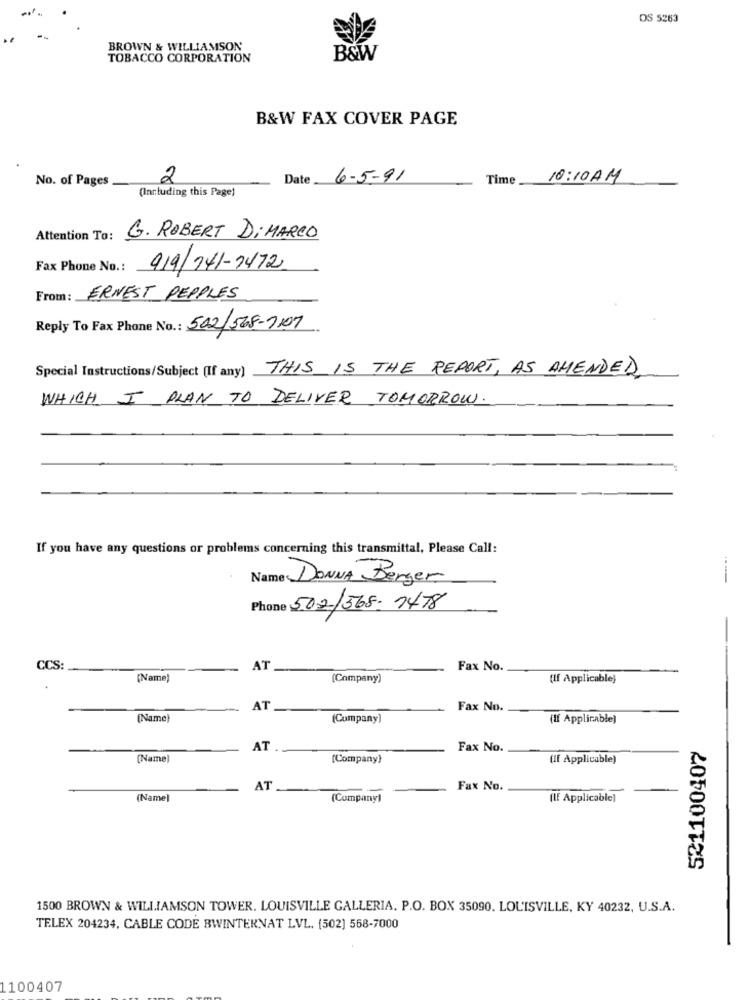
DOS 5263
BROWN & WILLIAMSON
TOBACCO CORPORATION
B&W
B&W FAX COVER PAGE
No. of Pages
2
Date
6-5-91
Time
10:10 AM
(Including this Page)
Attention To:
G. ROBERT DiMARCO
Fax Phone No .:
919/ 741-7472
From : ERNEST PEPPLES
Reply To Fax Phone No. : 502/568-1107
Special Instructions/Subject (If any) THIS IS THE REPORT, AS AMENDED
WHICH I PLAN TO DELIVER TOMORROW.
If you have any questions or problems concerning this transmittal, Please Call:
Name DONNA Berger
--
Phone 502/368- 7478
CCS:
AT
Fax No.
(Name)
(Company)
(If Applicable)
AT
Fax No.
(Name)
(Company)
(If Applicable)
AT
Fax No.
521100407
[Name)
(Company}
(If Applicable)
AT.
Fax No.
(Name]
(Company)
(If Applicable]
1500 BROWN & WILLIAMSON TOWER. LOUISVILLE GALLERIA. P.O. BOX 35090. LOUISVILLE, KY 40232, U.S.A.
TELEX 204234, CABLE CODE BWINTERNAT LVL. (502) 568-7000
1100407